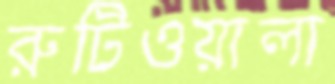
রুটিওয়ালা